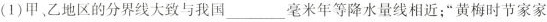
(1)甲、乙地区的分界线大致与我国___毫米年等降水量线相近；”黄梅时节家家